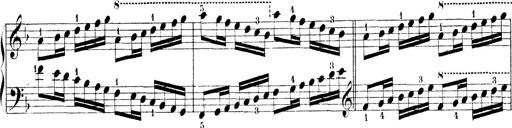
Title: Technische Studien
Composer: Franz Liszt